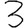
Digit: 3